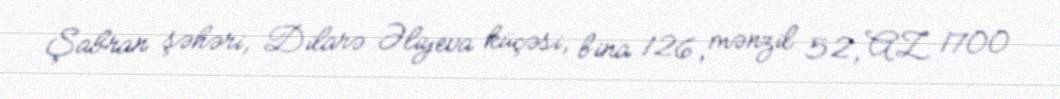
Şabran şəhəri, Dilarə Əliyeva küçəsi, bina 126, mənzil 52, AZ 1700